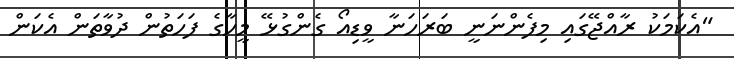
"އެކަމަކު ރާއްޖޭގައި މިފެންނަނީ ބަރަހަނާ ވީޑިއޯ ގެންގުޅޭ މީހާގެ ފަހަތުން ދުވާތަން އެކަން